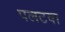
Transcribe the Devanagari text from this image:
पलटवा